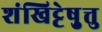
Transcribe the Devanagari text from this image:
शंखिट्टेषु़त्तु